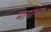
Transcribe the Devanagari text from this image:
मायाधर